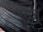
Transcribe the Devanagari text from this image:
एज्